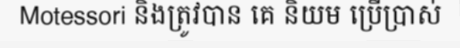
Motessori និងត្រូវបាន គេ និយម ប្រើប្រាស់